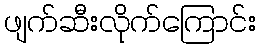
ဖျက်ဆီးလိုက်ကြောင်း